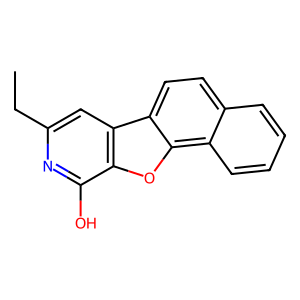
SMILES: CCc1cc2c(oc3c4ccccc4ccc23)c(O)n1
Inhibits HIV replication: No